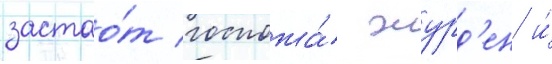
застао́т госпожа́ журд'ен и́